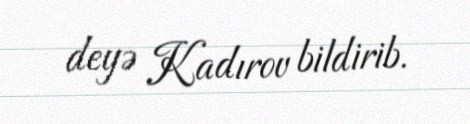
deyə Kadırov bildirib.